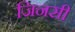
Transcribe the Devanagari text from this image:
जिनसी